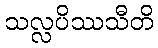
သလ္လပိဿသီတိ